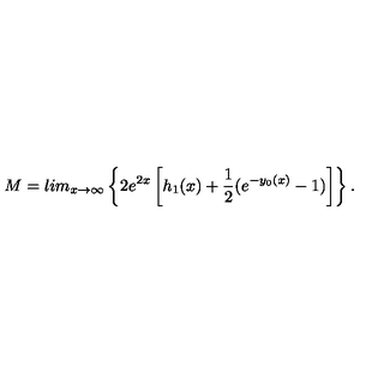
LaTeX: M = l i m _ { x \rightarrow \infty } \left\{ 2 e ^ { 2 x } \left[ h _ { 1 } ( x ) + \frac { 1 } { 2 } ( e ^ { - y _ { 0 } ( x ) } - 1 ) \right] \right\} .